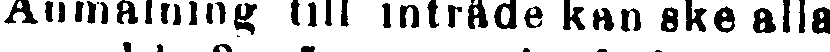
Anmälning; till intrade kan ske alla